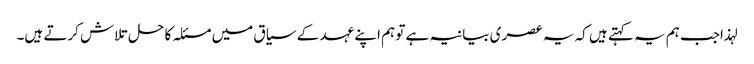
لہذاجب ہم یہ کہتے ہیں کہ یہ عصری بیانیہ ہے تو ہم اپنے عہد کے سیاق میں مسئلہ کا حل تلاش کرتے ہیں۔